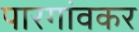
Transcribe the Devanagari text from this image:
पारगांवकर